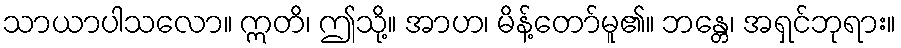
သာယာပါသလော။ ဣတိ၊ ဤသို့။ အာဟ၊ မိန့်တော်မူ၏။ ဘန္တေ၊ အရှင်ဘုရား။